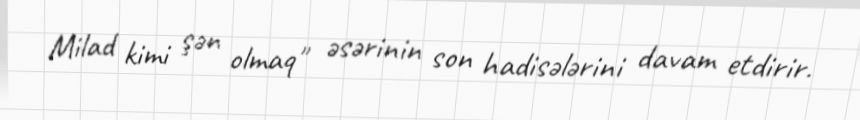
Milad kimi şən olmaq" əsərinin son hadisələrini davam etdirir.